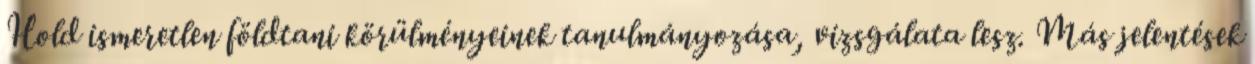
Hold ismeretlen földtani körülményeinek tanulmányozása, vizsgálata lesz. Más jelentések